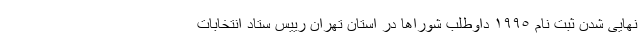
نهایی شدن ثبت نام ١٩٩٥ داوطلب شوراها در استان تهران رییس ستاد انتخابات